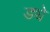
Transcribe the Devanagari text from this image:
ड्ये